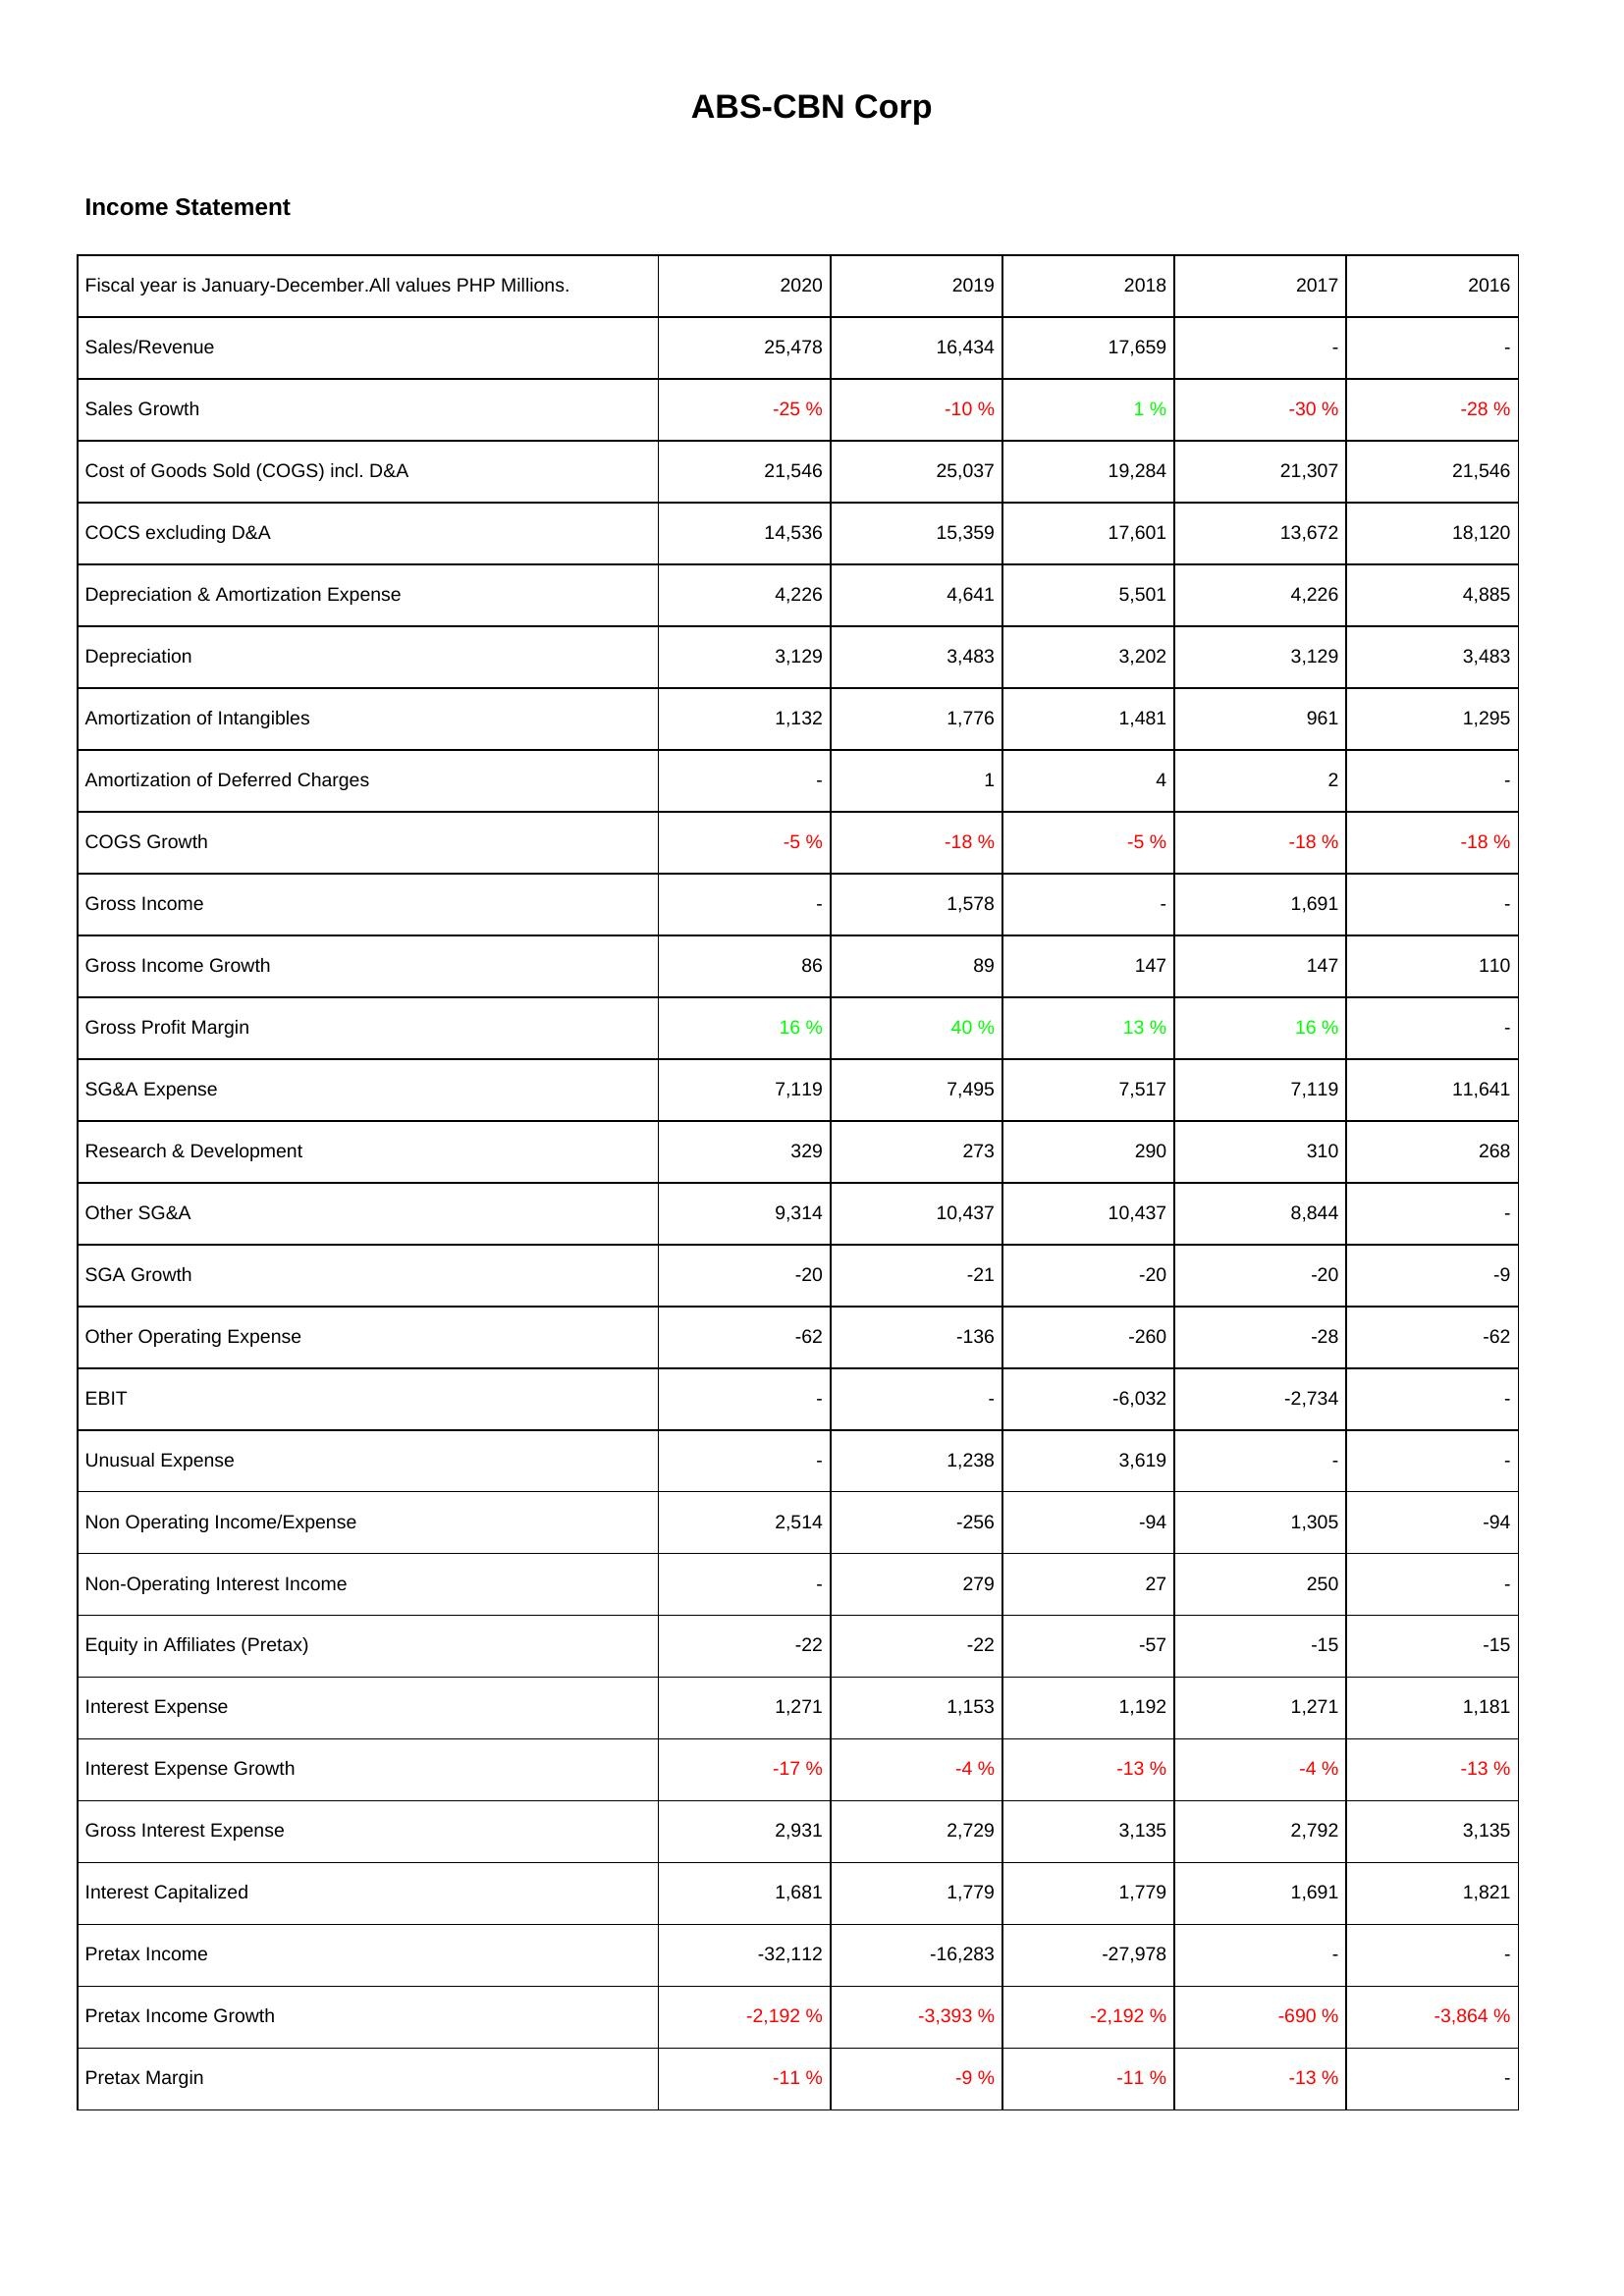
2020: Income Statement: Sales/Revenue: 25,478
Sales Growth: -25 %
Cost of Goods Sold (COGS) incl. D&A: 21,546
COCS excluding D&A: 14,536
Depreciation & Amortization Expense: 4,226
Depreciation: 3,129
Amortization of Intangibles: 1,132
Amortization of Deferred Charges: -
COGS Growth: -5 %
Gross Income: -
Gross Income Growth: 86
Gross Profit Margin: 16 %
SG&A Expense: 7,119
Research & Development: 329
Other SG&A: 9,314
SGA Growth: -20
Other Operating Expense: -62
EBIT: -
Unusual Expense: -
Non Operating Income/Expense: 2,514
Non-Operating Interest Income: -
Equity in Affiliates (Pretax): -22
Interest Expense: 1,271
Interest Expense Growth: -17 %
Gross Interest Expense: 2,931
Interest Capitalized: 1,681
Pretax Income: -32,112
Pretax Income Growth: -2,192 %
Pretax Margin: -11 %
2019: Income Statement: Sales/Revenue: 16,434
Sales Growth: -10 %
Cost of Goods Sold (COGS) incl. D&A: 25,037
COCS excluding D&A: 15,359
Depreciation & Amortization Expense: 4,641
Depreciation: 3,483
Amortization of Intangibles: 1,776
Amortization of Deferred Charges: 1
COGS Growth: -18 %
Gross Income: 1,578
Gross Income Growth: 89
Gross Profit Margin: 40 %
SG&A Expense: 7,495
Research & Development: 273
Other SG&A: 10,437
SGA Growth: -21
Other Operating Expense: -136
EBIT: -
Unusual Expense: 1,238
Non Operating Income/Expense: -256
Non-Operating Interest Income: 279
Equity in Affiliates (Pretax): -22
Interest Expense: 1,153
Interest Expense Growth: -4 %
Gross Interest Expense: 2,729
Interest Capitalized: 1,779
Pretax Income: -16,283
Pretax Income Growth: -3,393 %
Pretax Margin: -9 %
2018: Income Statement: Sales/Revenue: 17,659
Sales Growth: 1 %
Cost of Goods Sold (COGS) incl. D&A: 19,284
COCS excluding D&A: 17,601
Depreciation & Amortization Expense: 5,501
Depreciation: 3,202
Amortization of Intangibles: 1,481
Amortization of Deferred Charges: 4
COGS Growth: -5 %
Gross Income: -
Gross Income Growth: 147
Gross Profit Margin: 13 %
SG&A Expense: 7,517
Research & Development: 290
Other SG&A: 10,437
SGA Growth: -20
Other Operating Expense: -260
EBIT: -6,032
Unusual Expense: 3,619
Non Operating Income/Expense: -94
Non-Operating Interest Income: 27
Equity in Affiliates (Pretax): -57
Interest Expense: 1,192
Interest Expense Growth: -13 %
Gross Interest Expense: 3,135
Interest Capitalized: 1,779
Pretax Income: -27,978
Pretax Income Growth: -2,192 %
Pretax Margin: -11 %
2017: Income Statement: Sales/Revenue: -
Sales Growth: -30 %
Cost of Goods Sold (COGS) incl. D&A: 21,307
COCS excluding D&A: 13,672
Depreciation & Amortization Expense: 4,226
Depreciation: 3,129
Amortization of Intangibles: 961
Amortization of Deferred Charges: 2
COGS Growth: -18 %
Gross Income: 1,691
Gross Income Growth: 147
Gross Profit Margin: 16 %
SG&A Expense: 7,119
Research & Development: 310
Other SG&A: 8,844
SGA Growth: -20
Other Operating Expense: -28
EBIT: -2,734
Unusual Expense: -
Non Operating Income/Expense: 1,305
Non-Operating Interest Income: 250
Equity in Affiliates (Pretax): -15
Interest Expense: 1,271
Interest Expense Growth: -4 %
Gross Interest Expense: 2,792
Interest Capitalized: 1,691
Pretax Income: -
Pretax Income Growth: -690 %
Pretax Margin: -13 %
2016: Income Statement: Sales/Revenue: -
Sales Growth: -28 %
Cost of Goods Sold (COGS) incl. D&A: 21,546
COCS excluding D&A: 18,120
Depreciation & Amortization Expense: 4,885
Depreciation: 3,483
Amortization of Intangibles: 1,295
Amortization of Deferred Charges: -
COGS Growth: -18 %
Gross Income: -
Gross Income Growth: 110
Gross Profit Margin: -
SG&A Expense: 11,641
Research & Development: 268
Other SG&A: -
SGA Growth: -9
Other Operating Expense: -62
EBIT: -
Unusual Expense: -
Non Operating Income/Expense: -94
Non-Operating Interest Income: -
Equity in Affiliates (Pretax): -15
Interest Expense: 1,181
Interest Expense Growth: -13 %
Gross Interest Expense: 3,135
Interest Capitalized: 1,821
Pretax Income: -
Pretax Income Growth: -3,864 %
Pretax Margin: -